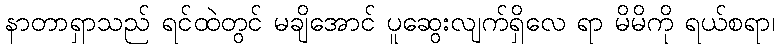
နာတာရှာသည် ရင်ထဲတွင် မချိအောင် ပူဆွေးလျက်ရှိလေ ရာ မိမိကို ရယ်စရာ၊